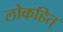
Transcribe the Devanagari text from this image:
लोकहित्